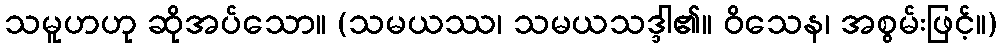
သမူဟဟု ဆိုအပ်သော။ (သမယဿ၊ သမယသဒ္ဒါ၏။ ဝိသေန၊ အစွမ်းဖြင့်။)